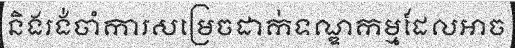
និងរង់ចាំការសម្រេចដាក់ទណ្ឌកម្មដែលអាច